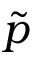
\Tilde { p }